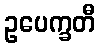
ဥပေက္ခတီ